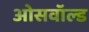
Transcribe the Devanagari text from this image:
ओसवॉल्ड